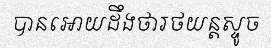
បានអោយដឹងថារថយន្តស្ទូច